Statistical return of the lunatic asylum in Assam - 1912-1932
Year: 1912
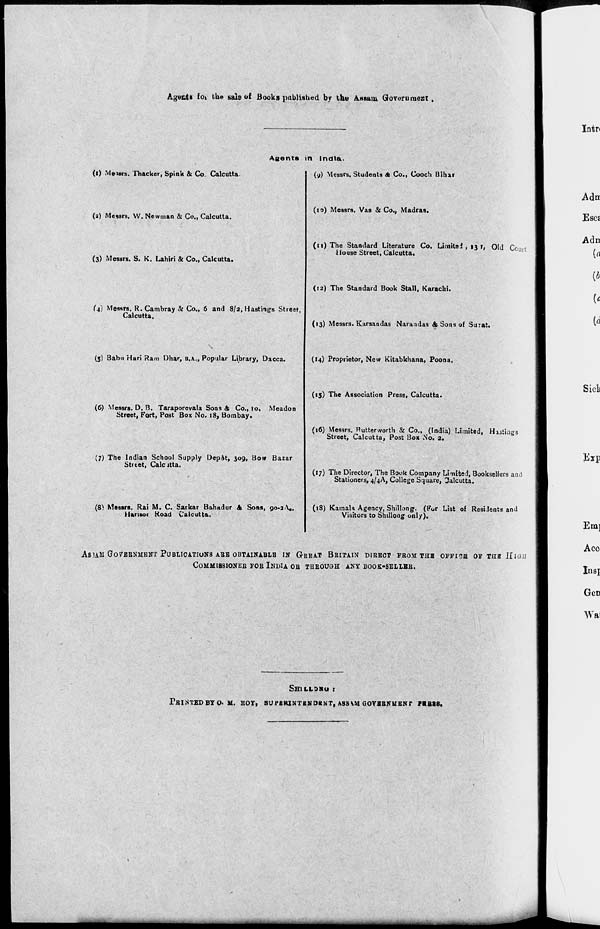
Agect* fot the sals of Books published by the A.nsam Govorumost ,
Asents in India,
(l) M«isrs. Thacker, Spink & Co. Calcutta.
(a) Messrs. W. Newman & Co., Calcutta.
(3) Messrs. S. K. Lahiri & Co., Calcutta.
(4) Messrs. R.Cambray & Co., 6 and 8/a, Hastings Street,
Calcutta.
(3) Babu Hari Ram Dhar, B.A., Popular Library, Dacca.
(6) Messrs. D. B. Taraporevala Sons & Co., to. Meadon
Street, Fort, Post Box No. 18, Bombay.
(7) The Indian School Supply Depot, 309, Bow Bazar
Strtet, Calcjtta.
(8) Messrs. Rai M. C. Sarkar Bahadur & Sons, yo-a Y,.
Harisoi Road Calcutta.
(y) Messrs. Students A Co., Cooch Bihar
(11) Messrs. Vas & Co., Madras.
(11) The Standard Literature Co. Lintitei , 131, Old Ccurl
House Street, Calcutta.
(12) The Standard Book Stall, Karachi.
(13) Messrs. Karsandas Narandas & Sons of Surat.
(14) Proprietor, New Kitabkhana, Poona,
(15) The Association Press, Calcutta.
(16) Messrs. Nutterworth Si Co., (India) Limited, Hjjiiags
Street, Calcutta, Post Box No. a.
(17) The Director, The Book Company LinniteJ, Booksellers and
Stationers, 4/4A, College Square, Calcutta.
(18) Kamala Agency, Shilling. (For List of Residents and
Visitors to Shillong only).
AS3AM GOVERNMENT PUBLICATIONS ABB OBTAINABLE IN GrREAT BRITAIN DIRECT FBOM TUB 0FFI3B OFTHBJIIGJI
COMMISSIONER FOB INDIA OB THBOUGH ANY BOOK-SELLBR.
SHILLDRO t
PRINTED BY o< M. BOY, SUPBRINTBNDKNT, ASS^MGOYBBNUENT rtsso,